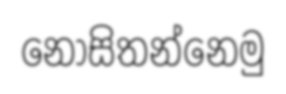
නොසිතන්නෙමු